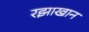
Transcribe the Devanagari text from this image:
रझाखान